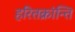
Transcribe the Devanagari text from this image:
हरितक्रांन्ति